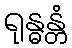
ရုန္ဓန္တံ